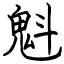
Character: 魁